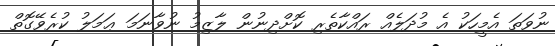
ނުވަތަ އެމީހަކު އެ މުދަލެއް ރައްކާތެރި ކޮށްދިނުން ލާޒިމު ނުވާނަމަ ޢަމަލު ކުރެވޭގޮތް